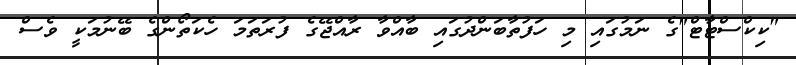
"ކިކްސްޓާޓް"ގެ ނަމުގައި މި ހަފުތާބަންދުގައި ބާއްވާ ރާއްޖޭގެ ފުރަތަމަ ހެކަތޯންގެ ބޭނުމަކީ ވެސް